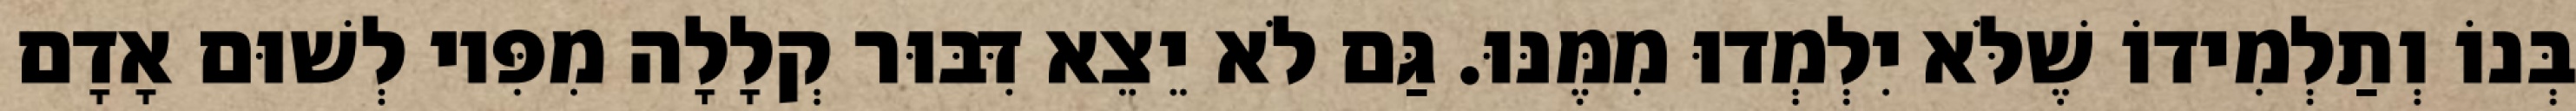
בְּנוֹ וְתַלְמִידוֹ שֶׁלֹּא יִלְמְדוּ מִמֶּנּוּ. גַּם לֹא יֵצֵא דִּבּוּר קְלָלָה מִפִּיו לְשׁוּם אָדָם